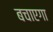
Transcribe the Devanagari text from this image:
बचाएगा